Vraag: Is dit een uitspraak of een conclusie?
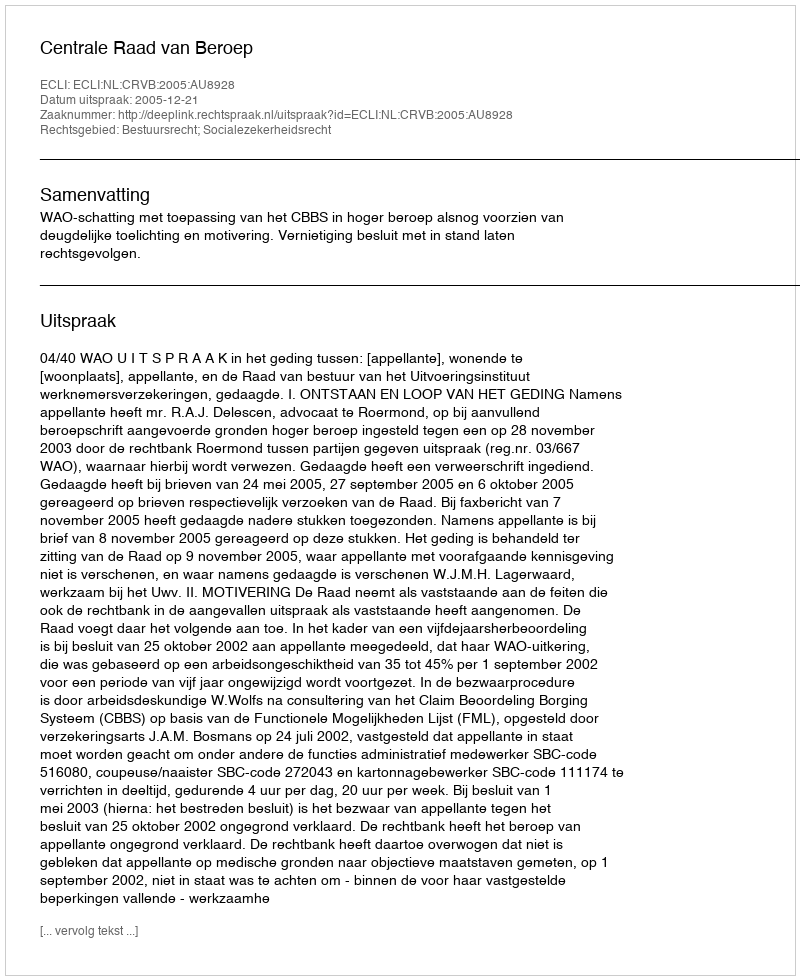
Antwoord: Uitspraak